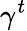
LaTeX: \gamma^{t}